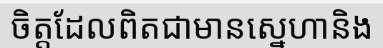
ចិត្តដែលពិតជាមានស្នេហានិង